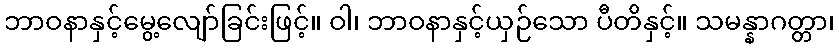
ဘာဝနာနှင့်မွေ့လျော်ခြင်းဖြင့်။ ဝါ၊ ဘာဝနာနှင့်ယှဉ်သော ပီတိနှင့်။ သမန္နာဂတ္တာ၊